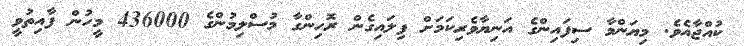
ކުއްޖާއެވެ. މިޔަންމާ ސިފައިންގެ އަނިޔާވެރިކަމަށް ފިލައިގެން ރޮހިންގާ މުސްލިމުންގެ 436000 މީހުން ފާއިތުވީ